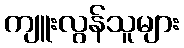
ကျူးလွန်သူများ